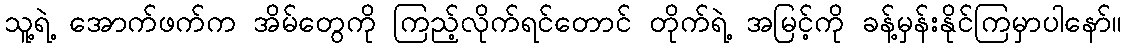
သူ့ရဲ့ အောက်ဖက်က အိမ်တွေကို ကြည့်လိုက်ရင်တောင် တိုက်ရဲ့ အမြင့်ကို ခန့်မှန်းနိုင်ကြမှာပါနော်။